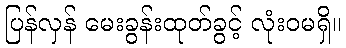
ပြန်လှန် မေးခွန်းထုတ်ခွင့် လုံးဝမရှိ။